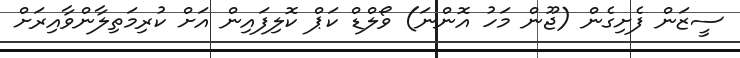
ސީޒަން ފެށިގެން (ޖޫން މަހު އޮންނަ) ވޯލްޑް ކަޕް ކޮޮލިފައިން އަށް ކުރިމަތިލާންވާއިރަށް